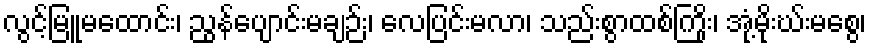
လွင့်မြူမထောင်း၊ ညွန်ပျောင်းမချဉ်း၊ လေပြင်းမလာ၊ သည်းစွာထစ်ကြိုး၊ အုံ့မိုးဃ်းမစွေ၊